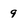
Character: 9